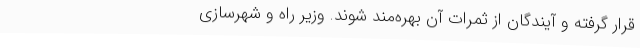
قرار گرفته و آیندگان از ثمرات آن بهره‌مند شوند. وزیر راه و شهرسازی